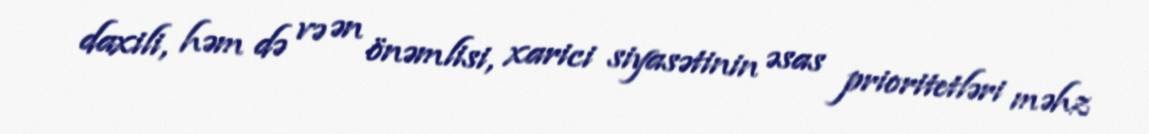
daxili, həm də və ən önəmlisi, xarici siyasətinin əsas prioritetləri məhz